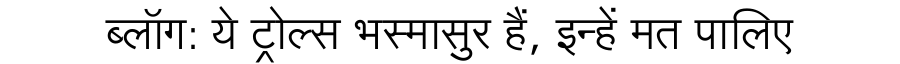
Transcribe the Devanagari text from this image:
ब्लॉग: ये ट्रोल्स भस्मासुर हैं, इन्हें मत पालिए